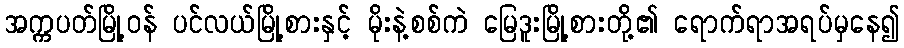
အက္ကပတ်မြို့ဝန် ပင်လယ်မြို့စားနှင့် မိုးနဲ့စစ်ကဲ မြေဒူးမြို့စားတို့၏ ရောက်ရာအရပ်မှနေ၍